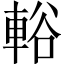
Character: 輍